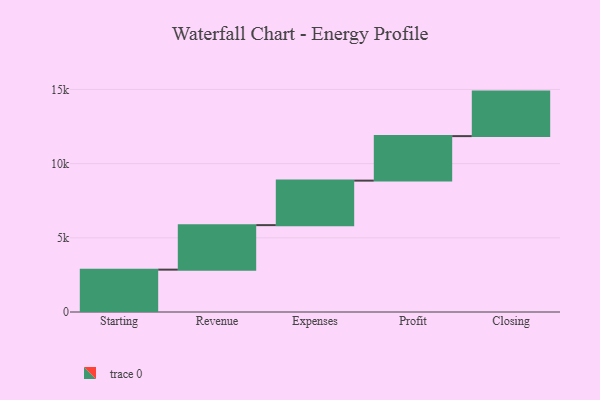
{"axis": {"x": "Step", "y": "Value"}, "legend": [""], "data": [{"x": "Starting", "y": 2855.0, "type": ""}, {"x": "Revenue", "y": 3000, "type": ""}, {"x": "Expenses", "y": 3000, "type": ""}, {"x": "Profit", "y": 3000, "type": ""}, {"x": "Closing", "y": 3000, "type": ""}]}